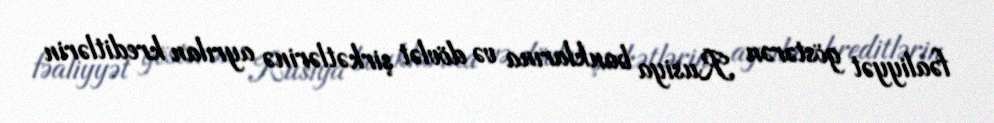
fəaliyyət göstərən Rusiya banklarına və dövlət şirkətlərinə ayrılan kreditlərin